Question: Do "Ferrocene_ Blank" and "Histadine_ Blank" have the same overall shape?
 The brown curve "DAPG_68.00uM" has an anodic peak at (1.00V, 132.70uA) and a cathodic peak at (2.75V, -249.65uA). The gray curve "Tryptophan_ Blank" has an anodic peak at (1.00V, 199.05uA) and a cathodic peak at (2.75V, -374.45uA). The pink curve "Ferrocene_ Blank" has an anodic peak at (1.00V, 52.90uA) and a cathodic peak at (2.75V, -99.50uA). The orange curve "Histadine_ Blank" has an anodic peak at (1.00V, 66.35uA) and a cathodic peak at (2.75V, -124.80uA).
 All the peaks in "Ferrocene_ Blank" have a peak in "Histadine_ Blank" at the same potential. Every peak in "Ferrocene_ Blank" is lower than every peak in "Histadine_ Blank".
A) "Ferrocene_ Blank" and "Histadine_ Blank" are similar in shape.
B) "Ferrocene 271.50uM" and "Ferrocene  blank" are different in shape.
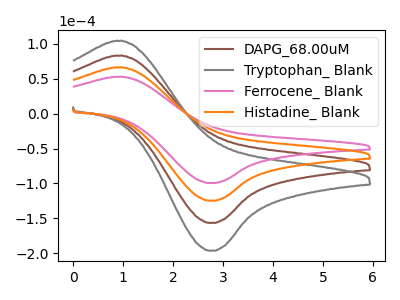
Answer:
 <answer>A) "Ferrocene_ Blank" and "Histadine_ Blank" are similar in shape.</answer>
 <eval>A</eval>